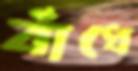
বাঁধে